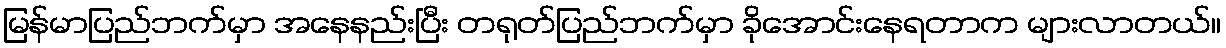
မြန်မာပြည်ဘက်မှာ အနေနည်းပြီး တရုတ်ပြည်ဘက်မှာ ခိုအောင်းနေရတာက များလာတယ်။